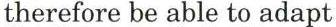
therefore be able to adapt